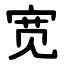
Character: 宽